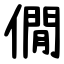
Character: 僩